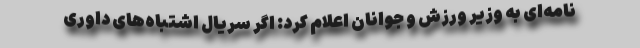
نامه‌ای به وزیر ورزش و جوانان اعلام کرد: اگر سریال اشتباه‌های داوری